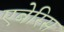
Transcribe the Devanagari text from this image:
एबेरिस